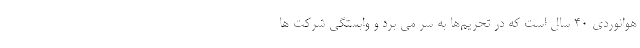
هوانوردی ۴۰ سال است که در تحریم‌ها به سر می برد و وابستگی شرکت ها